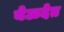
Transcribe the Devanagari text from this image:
येऊदेत